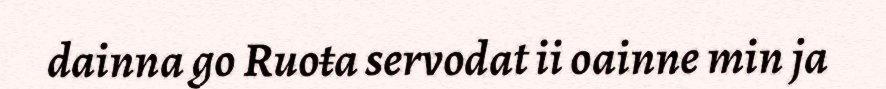
dainna go Ruoŧa servodat ii oainne min ja